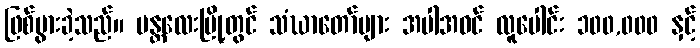
ဖြစ်ပွားခဲ့သည်။ မန္တလေးမြို့တွင် သံဃာတော်များ အပါအဝင် လူပေါင်း ၁၀၀,၀၀၀ နှင့်